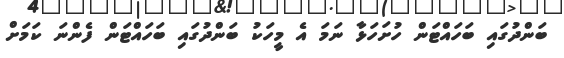
ބަންދުގައި ބަހައްޓަން ހުށަހަޅާ ނަމަ އެ މީހަކު ބަންދުގައި ބަހައްޓަން ފެންނަ ކަމަށް